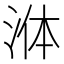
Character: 𭰟